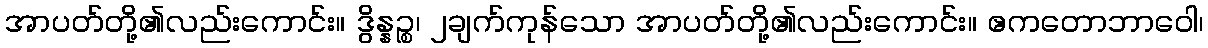
အာပတ်တို့၏လည်းကောင်း။ ဒွိန္နဉ္စ၊ ၂ချက်ကုန်သော အာပတ်တို့၏လည်းကောင်း။ ဧကတောဘာဝေါ၊